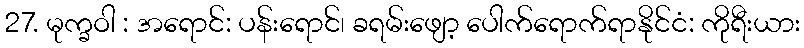
27. မုက္ခဝါ : အရောင်: ပန်းရောင်၊ ခရမ်းဖျော့ ပေါက်ရောက်ရာနိုင်ငံ: ကိုရီးယား